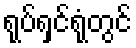
ရုပ်ရှင်ရုံတွင်